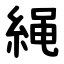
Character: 䋲